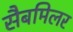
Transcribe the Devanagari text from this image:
सैबमिलर